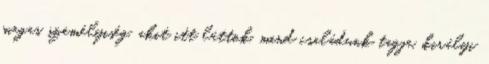
magas személyiség, akit itt láttok, mind családunk tagja, királyi